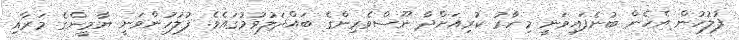
ފުލުހުން އެހެން ބުނެފައިވަނީ މިހާރު ކުރިއަށްދާ ނޫސްވެރިންގެ ބައްދަލުވުމުގައެވެ. ފުލުހުންވަނީ ޔާމީންގެ މަރާއި